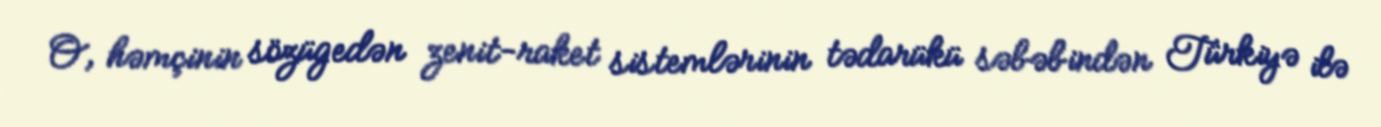
O, həmçinin sözügedən zenit-raket sistemlərinin tədarükü səbəbindən Türkiyə ilə